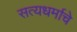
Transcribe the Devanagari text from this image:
सत्यधर्माचे